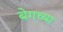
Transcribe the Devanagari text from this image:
बेगच्या